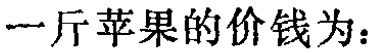
一斤苹果的价钱为：